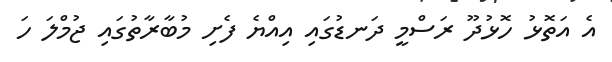
އެ އަތޮޅު ހޮޅުދޫ ރަސްމީ ދަނޑުގައި އިއްޔެ ފެށި މުބާރާތުގައި ޖުމްލަ ހަ